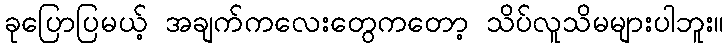
ခုပြောပြမယ့် အချက်ကလေးတွေကတော့ သိပ်လူသိမများပါဘူး။